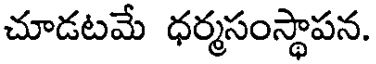
చూడటమే ధర్మసంస్థాపన.